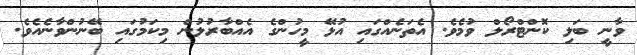
ވާނީ ބަލި ކޮންޓްރޯލް ވުމެވެ. އެތަނެއްގައި އުޅޭ މީހުންގެ އެއްބާރުލުން މިކަމުގައި ބޭނުންވާނެއެވެ.